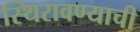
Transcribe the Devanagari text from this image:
स्थिरावण्याची